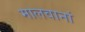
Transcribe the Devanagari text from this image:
मालवानां